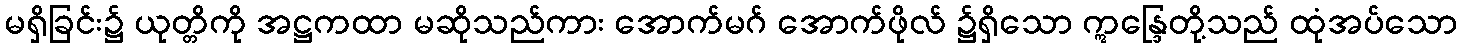
မရှိခြင်း၌ ယုတ္တိကို အဋ္ဌကထာ မဆိုသည်ကား အောက်မဂ် အောက်ဖိုလ် ၌ရှိသော ဣန္ဒြေတို့သည် ထုံအပ်သော